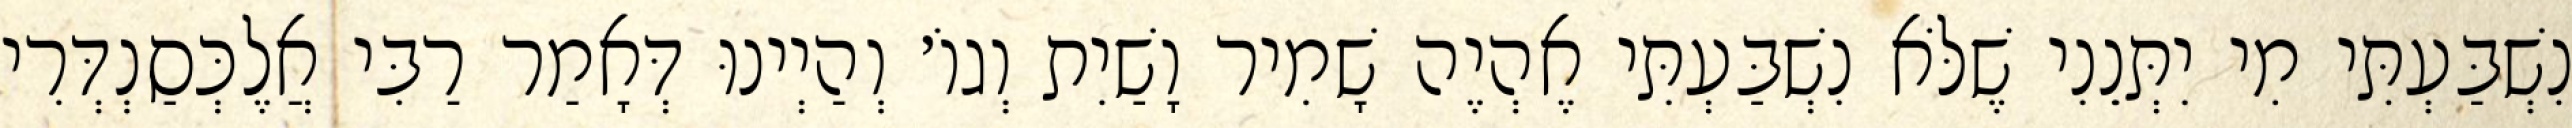
נִשְׁבַּעְתִּי מִי יִתְּנֵנִי שֶׁלֹּא נִשְׁבַּעְתִּי אֶהְיֶה שָׁמִיר וָשַׁיִת וְגוֹ׳ וְהַיְינוּ דְּאָמַר רַבִּי אֲלֶכְּסַנְדְּרִי